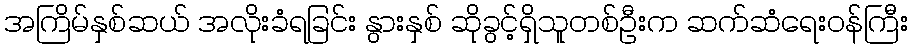
အကြိမ်နှစ်ဆယ် အလိုးခံရခြင်း နွားနှစ် ဆိုခွင့်ရှိသူတစ်ဦးက ဆက်ဆံရေးဝန်ကြီး